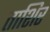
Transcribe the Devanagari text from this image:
ताशिर